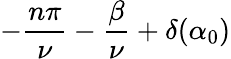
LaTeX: -\frac{n\pi}{\nu}-\frac{\beta}{\nu}+\delta(\alpha_{0})